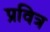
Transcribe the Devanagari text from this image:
प्रवित्र